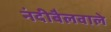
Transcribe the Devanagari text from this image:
नंदीबैलवाले